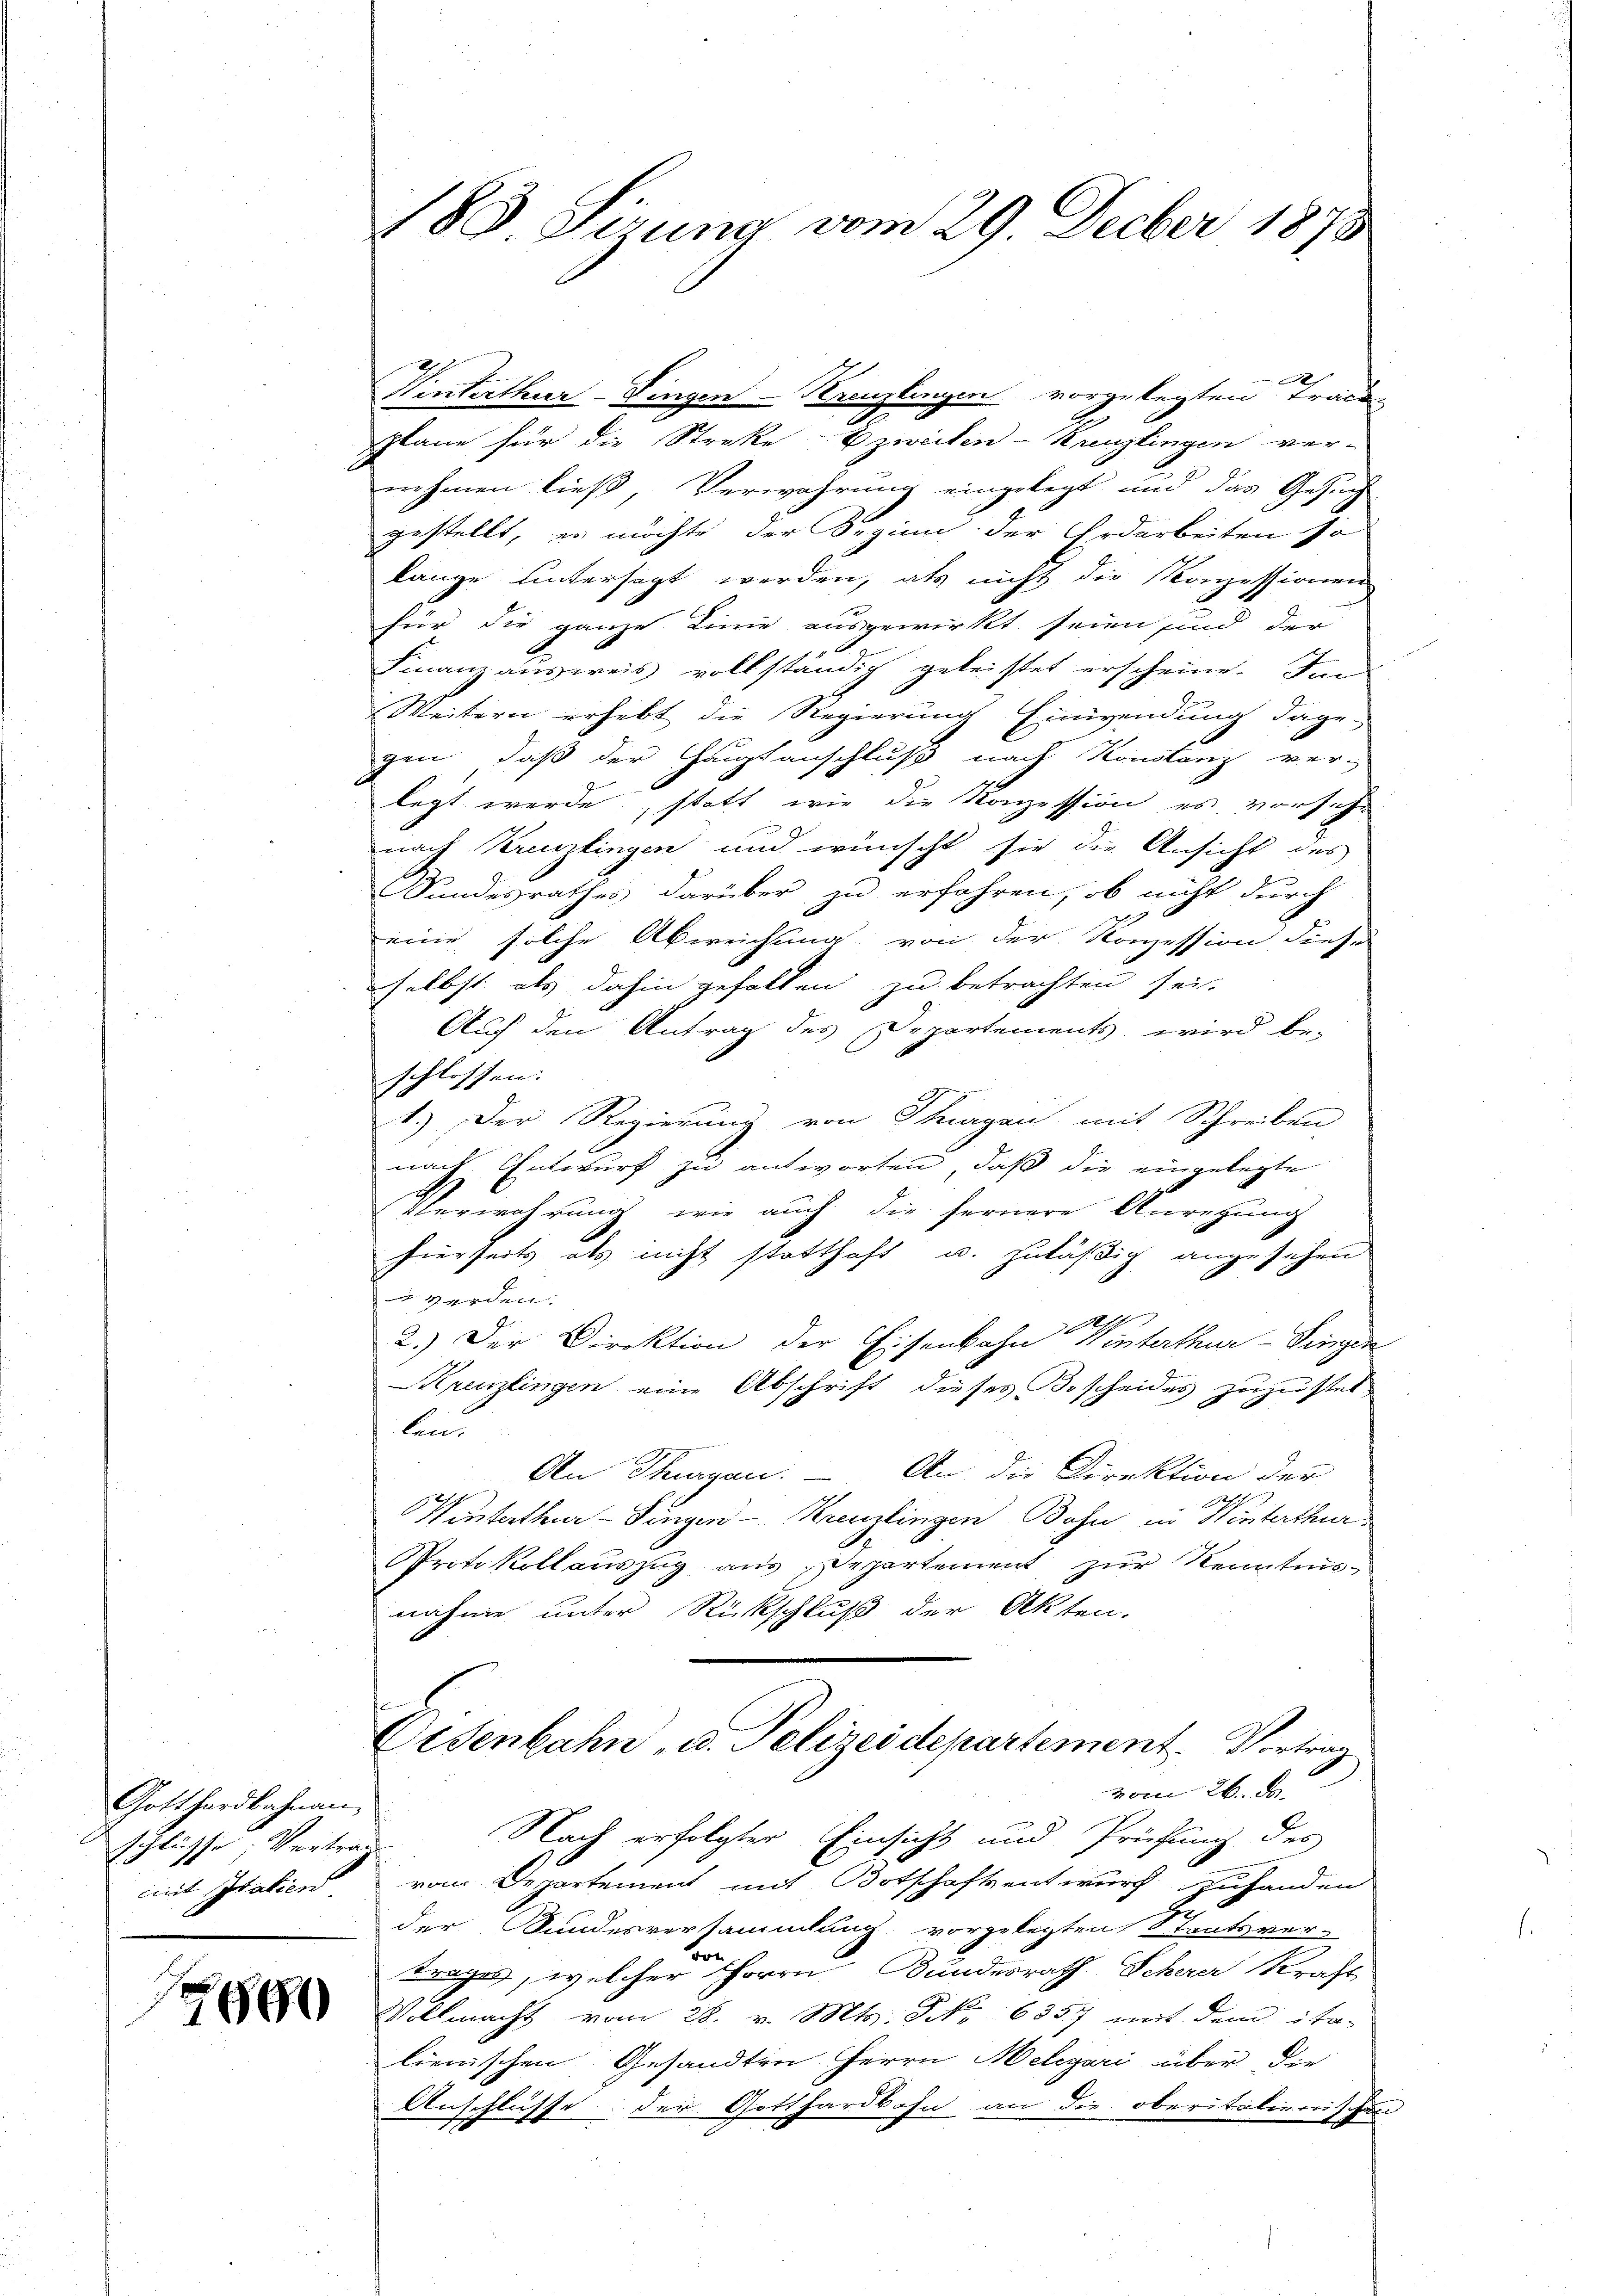
Gotthardbahnan
Schlüsse Vertrag
mit Italien

2890

188. Seung vom 29. Decber 1873

Winterthur–Singen Kreuzlingen vorgelegten Trac
plane für die Streke zweiten-Kreuzlingen ver-
nehmen ließ, Verwahrung eingelegt und das Gesuch
gestellt, es möchte der Seginn der Erdarbeiten so
lange untersagt werden, als nicht die Konzessionen
für die ganze Linie ausgewirkt seien sind der
Finanzausweis vollständig geleistet erscheine. Im
Weitern erhebt die Regierung Einwendung dage-
gen, daß der Hauptanschluß nach Konstanz ver-
legt werde, statt, wie die Konzession es vorsiche
nach Kreuzlingen und wünscht sie die Ansicht des
Sundesrathes darüber zu erfahren, ob nicht durch
eine solche Abweichung von der Konzession diese
selbst als dahin gefallen zu betrachten sei.
Auch den Antrag des Departements, wird be-
schlossen:
1.) Der Regierung von Thurgau mit Schreiben
nach Entwurf zu antworten, daß die eingelegte
Verwahrung wie auch die fernere Anregung
hierseits als nicht statthaft u. zuläßig angesehen
 verden.
A
2.) Der Direktion der Eisenbahn Winterthur–Singen
Krenzlingen eine Abschrift dieses Bescheides zuzustel-
laend
An Thurgan. – An die Direktion der
Winterthur–Singen - Kreuzlingen Bohn in Winterthur
Protokollauszug aus, Departement zur Kenntnis-
nahme unter Rückschluß der Akten.
Osenbahn u. Pelizeidepartement. Vortrag
vom 26. d.
Nach erfolgter Einsicht und Prüfung des
d
rom. Departement mit Botschaftsentwurf zuhanden
der Bundesversammlung vorgelegten Staatsver-
trages, welcher Herrn Bundesrath Scherer Kraft
Villmacht vom 28. v. Mts. No 6357 mit dem ita-
lienischen Gesandten Herrn Melczari über die
Anschlüsse der Gotthardbahn an die oberitalienischen